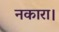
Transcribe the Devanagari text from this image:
नकारा।